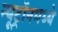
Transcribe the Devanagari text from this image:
न्यूट्रॉनमध्ये